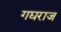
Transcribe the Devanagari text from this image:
गद्यराज